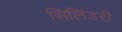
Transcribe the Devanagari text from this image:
सिलिंडरी